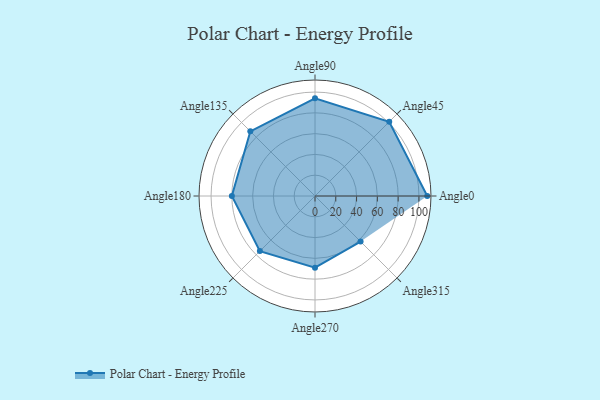
{"axis": {"x": "Angle", "y": "Radius"}, "legend": [""], "data": [{"x": "Angle0", "y": 108.0, "type": ""}, {"x": "Angle45", "y": 101.0, "type": ""}, {"x": "Angle90", "y": 94.0, "type": ""}, {"x": "Angle135", "y": 88.0, "type": ""}, {"x": "Angle180", "y": 80.0, "type": ""}, {"x": "Angle225", "y": 75.0, "type": ""}, {"x": "Angle270", "y": 69.0, "type": ""}, {"x": "Angle315", "y": 62.0, "type": ""}]}